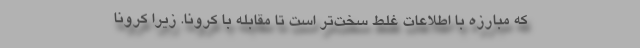
که مبارزه با اطلاعات غلط سخت‌تر است تا مقابله با کرونا. زیرا کرونا